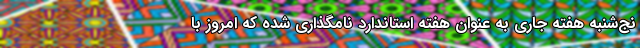
نج‌شنبه هفته جاری به عنوان هفته استاندارد نامگذاری شده که امروز با